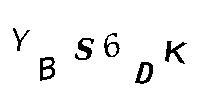
YBS6DK